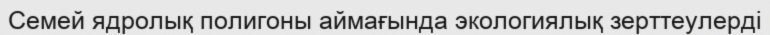
Семей ядролық полигоны аймағында экологиялық зерттеулерді